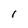
Character: l